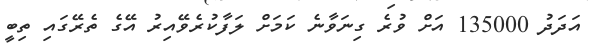
އަދަދު 135000 އަށް ވުރެ ގިނަވާނެ ކަމަށް ލަފާކުރެވޭއިރު އޭގެ ތެރޭގައި ތިބީ